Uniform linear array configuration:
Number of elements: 8
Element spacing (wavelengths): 0.75
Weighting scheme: kaiser
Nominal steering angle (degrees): -15
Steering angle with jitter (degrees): -15.238
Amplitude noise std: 0.05
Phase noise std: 0.05

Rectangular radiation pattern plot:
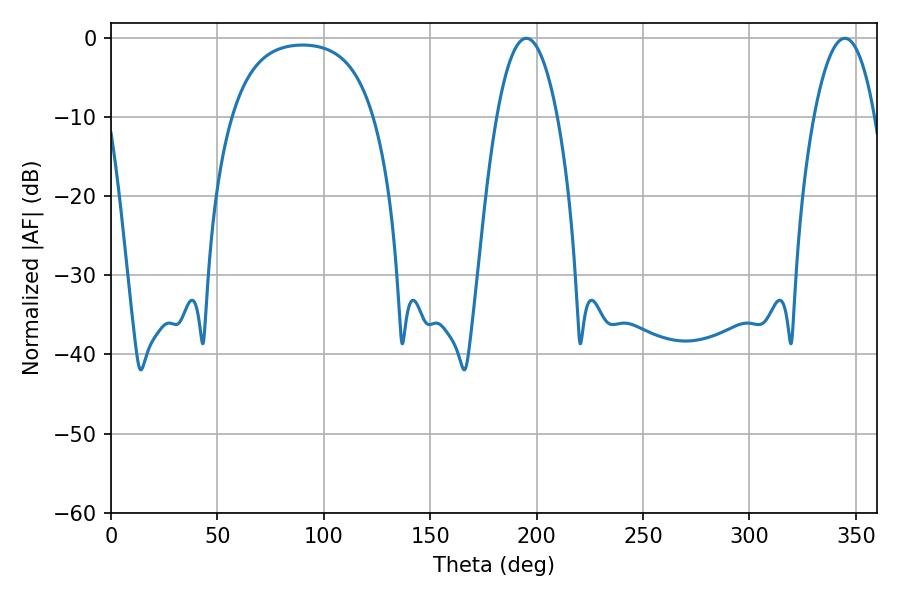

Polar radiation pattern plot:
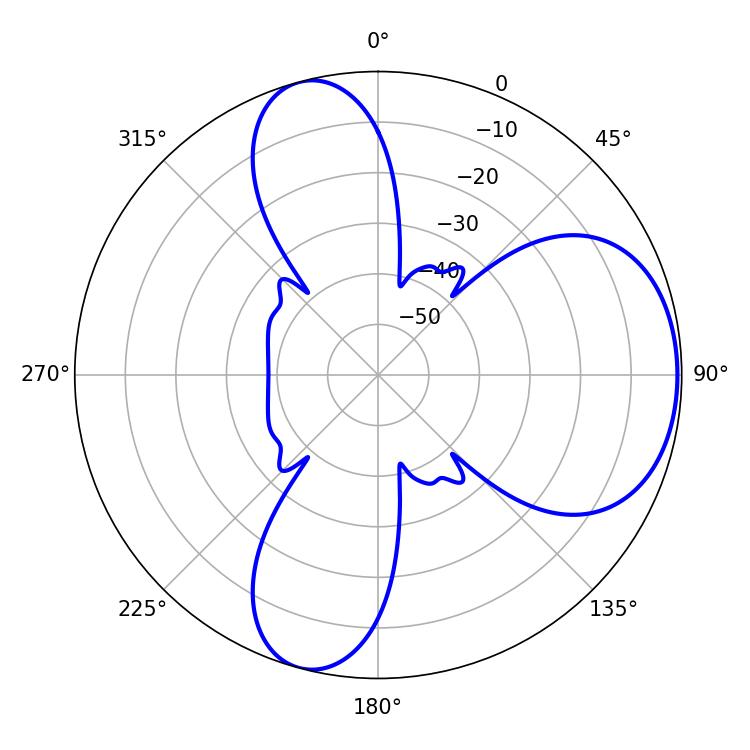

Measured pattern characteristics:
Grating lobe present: TRUE
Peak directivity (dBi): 6.288
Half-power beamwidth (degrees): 15.84
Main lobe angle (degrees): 195.12